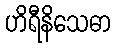
ဟိရီနိသေဓာ